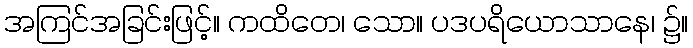
အကြင်အခြင်းဖြင့်။ ကထိတေ၊ သော။ ပဒပရိယောသာနေ၊ ၌။